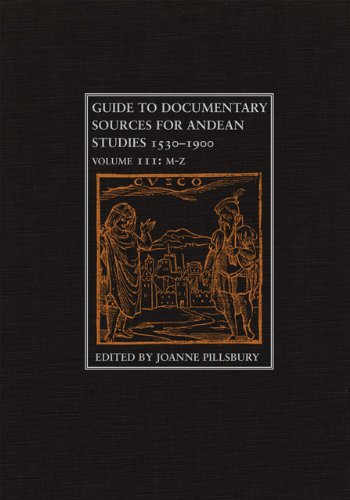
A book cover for Guide to Documentary Sources for Andean Studies, 1530-1900. THREE VOLUME SET; History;